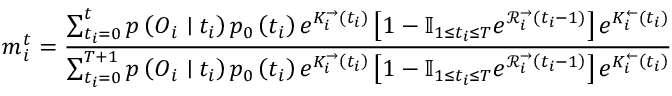
m _ { i } ^ { t } = \frac { \sum _ { t _ { i } = 0 } ^ { t } p \left( \boldsymbol { O } _ { i } \mid t _ { i } \right) p _ { 0 } \left( t _ { i } \right) e ^ { K _ { i } ^ { \rightarrow } \left( t _ { i } \right) } \left[ 1 - \mathbb { I } _ { 1 \leq t _ { i } \leq T } e ^ { \mathcal { R } _ { i } ^ { \rightarrow } \left( t _ { i } - 1 \right) } \right] e ^ { K _ { i } ^ { \leftarrow } \left( t _ { i } \right) } } { \sum _ { t _ { i } = 0 } ^ { T + 1 } p \left( \boldsymbol { O } _ { i } \mid t _ { i } \right) p _ { 0 } \left( t _ { i } \right) e ^ { K _ { i } ^ { \rightarrow } \left( t _ { i } \right) } \left[ 1 - \mathbb { I } _ { 1 \leq t _ { i } \leq T } e ^ { \mathcal { R } _ { i } ^ { \rightarrow } \left( t _ { i } - 1 \right) } \right] e ^ { K _ { i } ^ { \leftarrow } \left( t _ { i } \right) } }